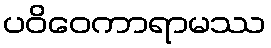
ပဝိဝေကာရာမဿ